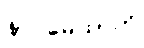
နာဂမေထာတိ